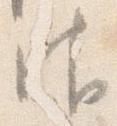
御